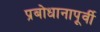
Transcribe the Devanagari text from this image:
प्रबोधानापूर्वी